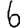
Digit: 6